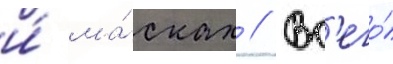
и́ ма́сках // Вс'его́